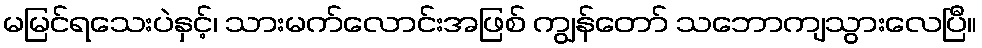
မမြင်ရသေးပဲနှင့်၊ သားမက်လောင်းအဖြစ် ကျွန်တော် သဘောကျသွားလေပြီ။